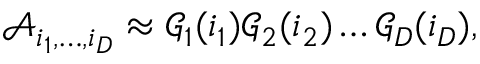
\mathcal { A } _ { i _ { 1 } , \ldots , i _ { D } } \approx \mathcal { G } _ { 1 } ( i _ { 1 } ) \mathcal { G } _ { 2 } ( i _ { 2 } ) \ldots \mathcal { G } _ { D } ( i _ { D } ) ,